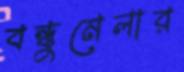
বন্ধুমেলার